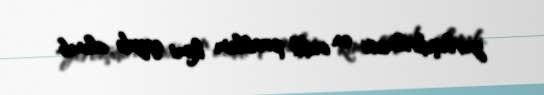
yerləşdirilməsi ən ciddi problem kimi qeydə alınıb.